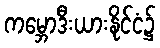
ကမ္ဘောဒီးယားနိုင်ငံ၌